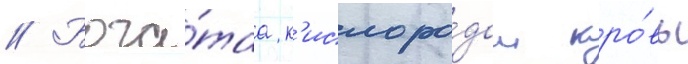
// Бога́таа к'ислоро́дом кро́вь